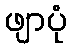
ဖျာပုံ